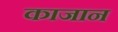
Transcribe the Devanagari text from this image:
काजान